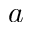
a